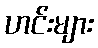
ဟင်းများ